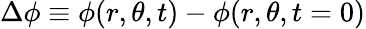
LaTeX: \Delta\phi\equiv{\phi(r,\theta,t)-\phi(r,\theta,t=0)}